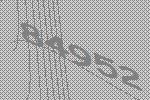
84952